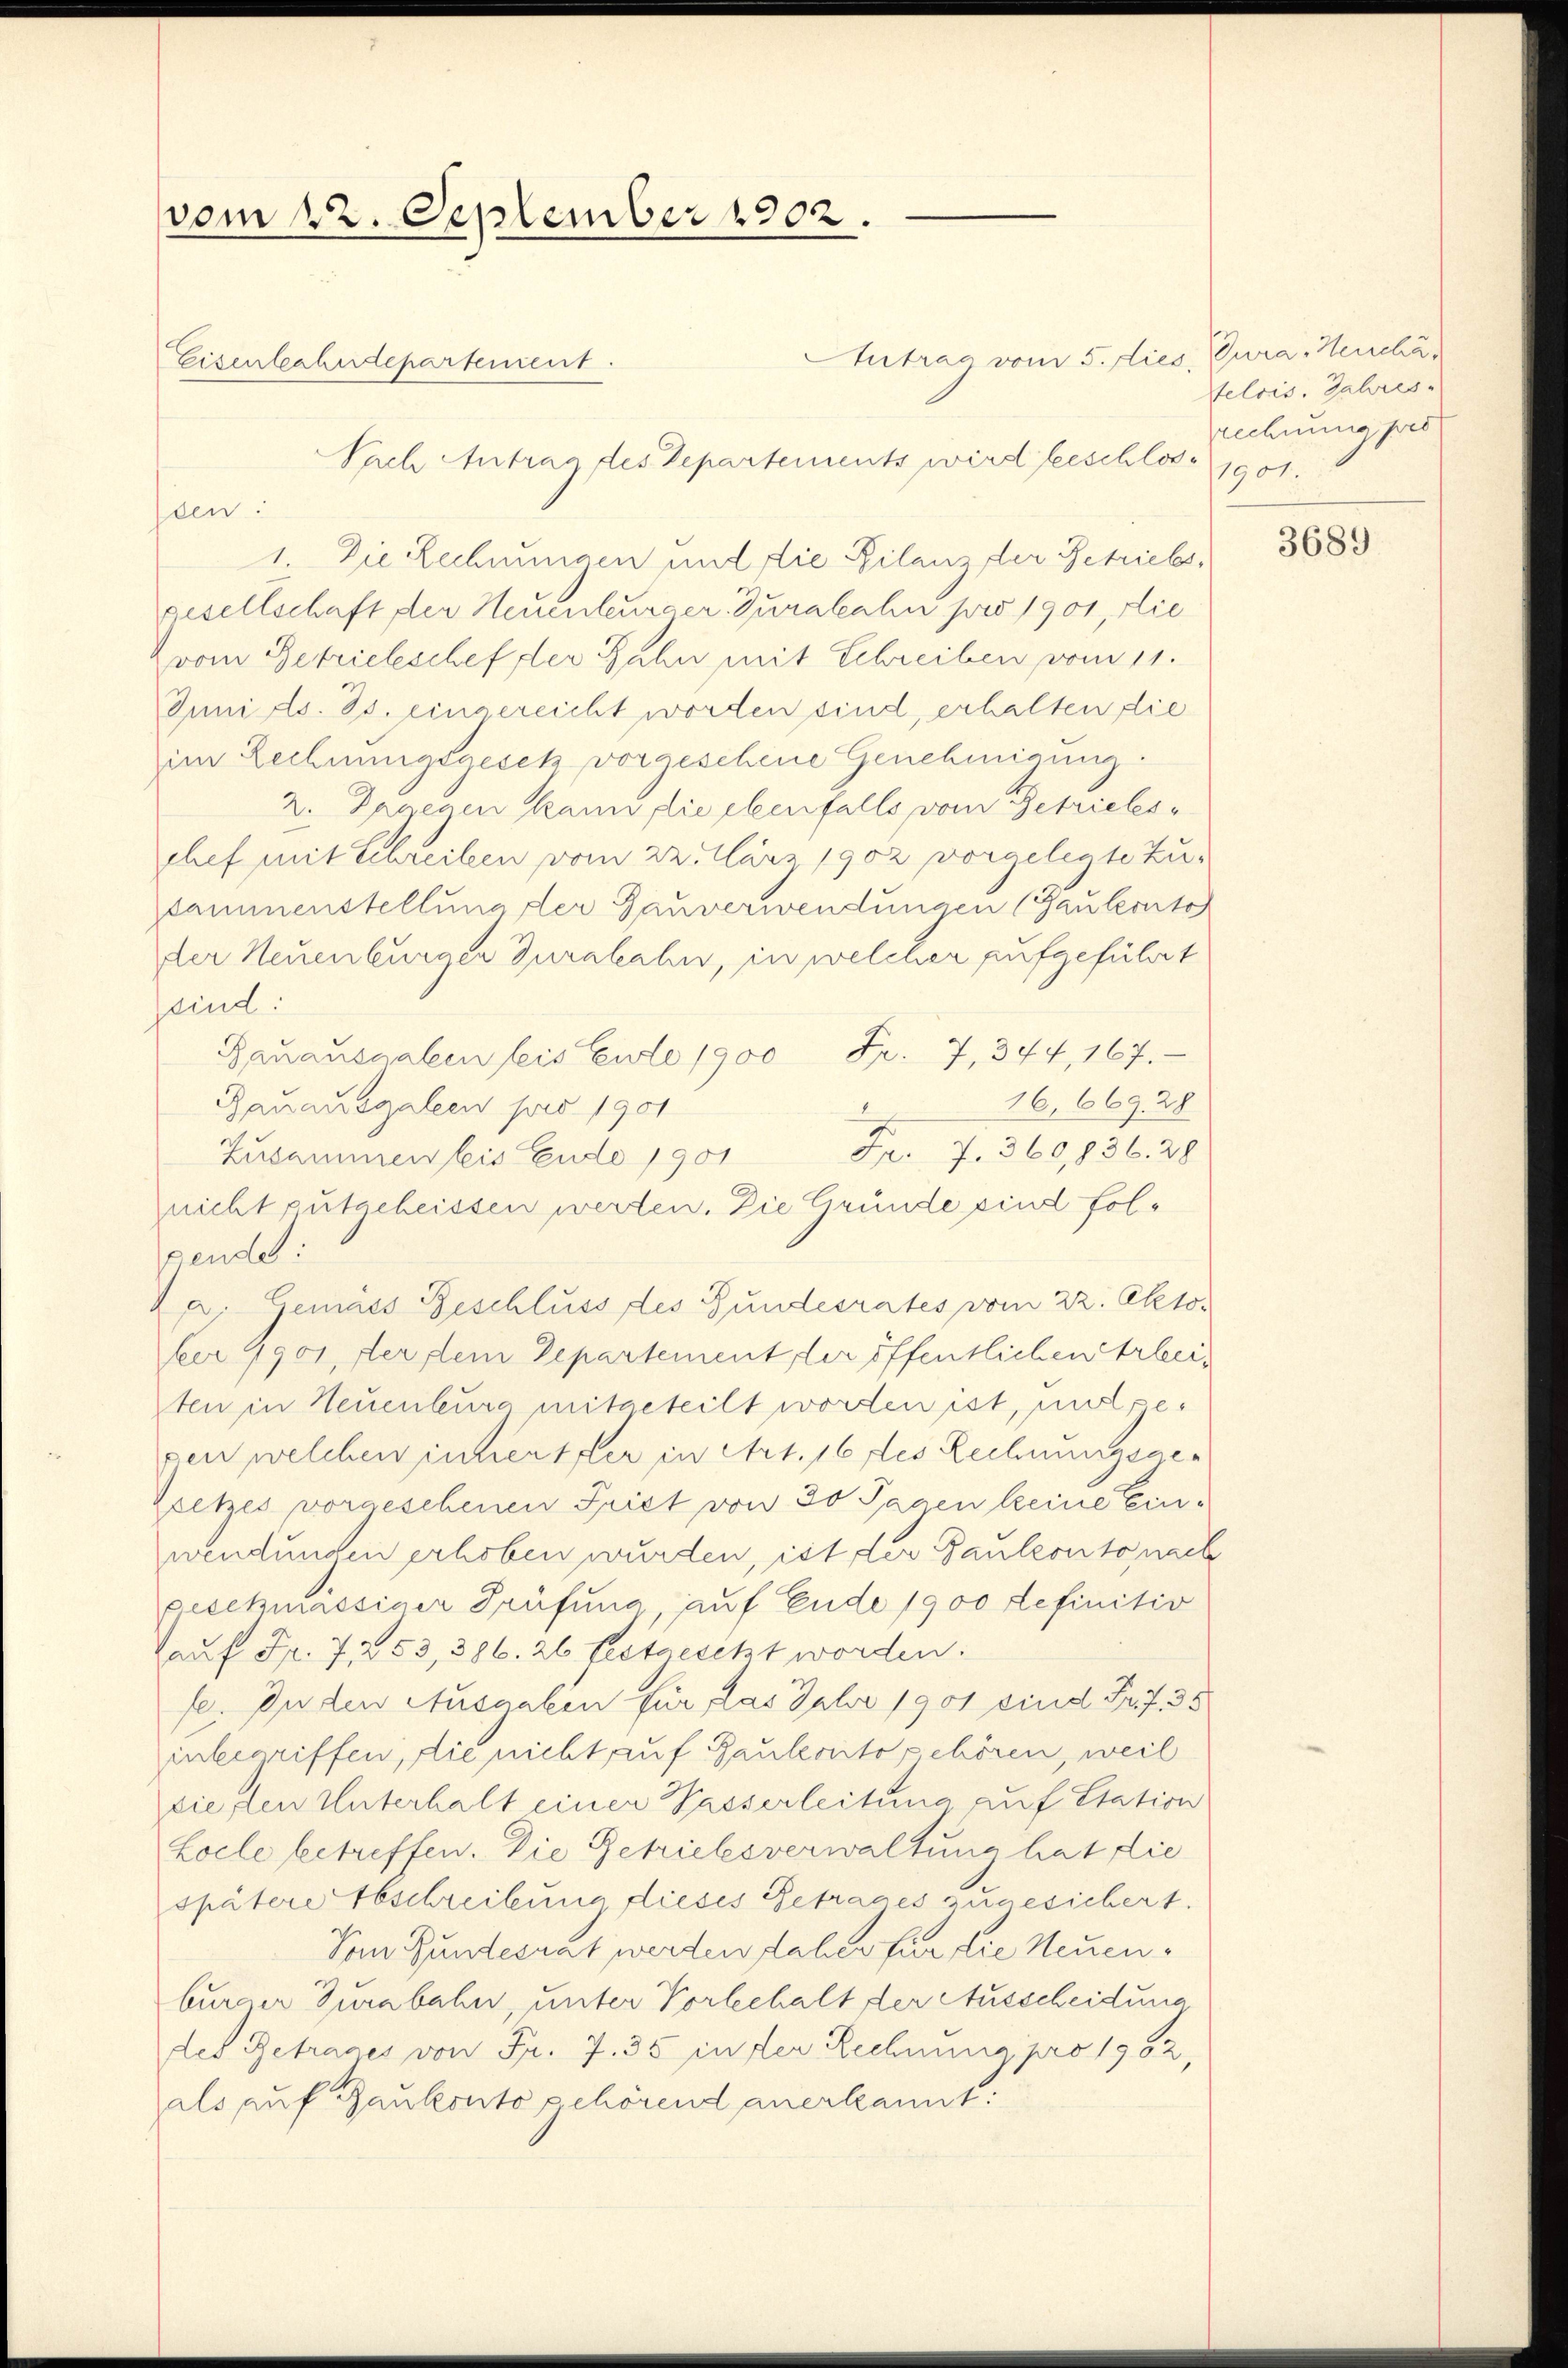
vom 22. September 1902.
Eisenbahndepartement

ssen:
1. Die Rechnungen und die Bilanz der Betriebs,
gesellschaft der Neuenburger Jurakahn pro 1901, die
vom Getriebeschef der Jahn mit Schreiben vom 11.
Juni d. Js. eingereicht worden sind, erhalten die
im Rechnungsgesetz vorgeschene Genehmigung.
2. Dagegen kann die ebenfalls vom Betrieles-
chef mit Schreiben vom 22. März 1902 vorgelegte Zusammenstellung der Gauverwendungen (Gauleonto
der Neuenburger Jurakahn, in welcher aufgeführt
pind.
Bauausgaben leis Ende 1900 Fr. 7, 344, 167.
16, 669. 28
Bauausgeleen pro 1901
Zusammen bis Ende 1901 Fr. 7. 360, 836. 28
nicht gutgeheissen werden. Die Grunde sind folgende:
a. Gemäss Geschluss des Gundesrates vom 22. Oktober 1901, der dem Departement der öffentlichen Arbei-
ten in Neuenburg mitgeteilt worden ist, mitgezen welchen innerster in Art. 16 des Rechnungsge¬
Zeetzes vorgeschenen Spiet von 30 Tagen keine Einwendungen erhoben wurden, ist der Paulconto nach
geschmässiger Prüfung auf Ende 1900 definitiv
auf Fr. 7 253, 386. 26 festgesetzt worden.
fe. In den Ausnaben für das Jahr 1901 sind Prof. 35
inbegriffen, die nicht auf Bauleonto gehören, weil
sie, den Unterhalt einer Wasserleitung auf Station
Locle betreffen. Die Getriebesverwaltung hat die
spätere Abschreibung dieses Betrages zugesichert.
Vom Bundesrat werden dabei für die Neuenburger Turabahn, unter Vorbehalt der Ausscheidung
des Getrages von Fr. 7. 35 in der Rechnung pro 1902
als auf Baukonto gehörend anerkannt:

Sach Antrag des Departements wird beschlos¬

Antrag vom 5. dies, (Gura. Heucha

telois. Jahres-
rechnung pres
1901.

3689